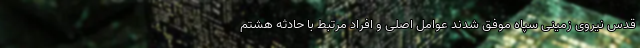
قدس نیروی زمینی سپاه موفق شدند عوامل اصلی و افراد مرتبط با حادثه هشتم